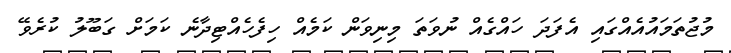
މުޖުތަމައުއެއްގައި އެފަދަ ހައްގެއް ނުވަތަ މިނިވަން ކަމެއް ހިފެހެއްޓިދާނެ ކަމަށް ގަބޫލު ކުރެވޭ